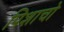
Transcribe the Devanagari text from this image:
पिशाचो